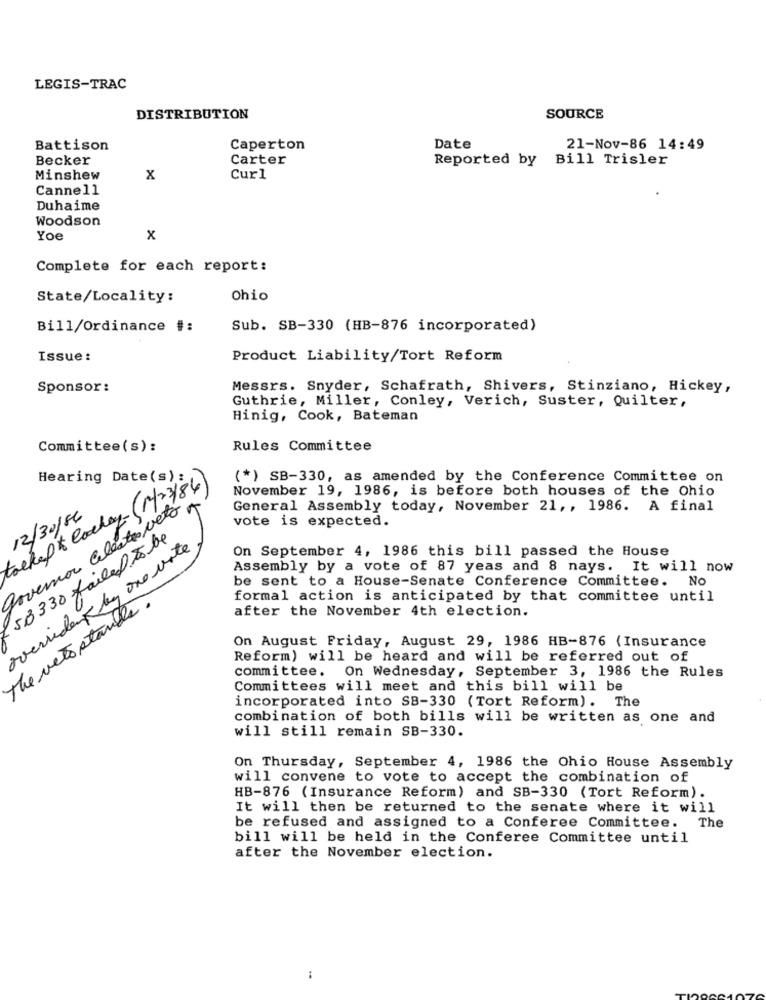
LEGIS-TRAC
DISTRIBUTION
SOURCE
Battison
Caperton
Date
21-Nov-86 14:49
Becker
Carter
Reported by
Bill Trisler
Minshew
X
Curl
Cannell
Duhaime
Woodson
Yoe
x
Complete for each report:
State/Locality:
Ohio
Bill/Ordinance #:
Sub. SB-330 (HB-876 incorporated)
Issue:
Product Liability/Tort Reform
Sponsor:
Messrs. Snyder, Schafrath, Shivers, Stinziano, Hickey,
Guthrie, Miller, Conley, Verich, Suster, Quilter,
Hinig, Cook, Bateman
Committee (s) :
Rules Committee
toekept lackey- (14) 2 3/84)
Hearing Date(s):
(*) SB-330, as amended by the Conference Committee on
November 19, 1986, is before both houses of the Ohio
Povemar Celestes Neto
General Assembly today, November 21 ,, 1986. A final
12/30/86
vote is expected.
58330 failed Tobe
overvidant by one vote
On September 4, 1986 this bill passed the House
Assembly by a vote of 87 yeas and 8 nays. It will now
be sent to a House-Senate Conference Committee. No
The veto stands.
formal action is anticipated by that committee until
after the November 4th election.
On August Friday, August 29, 1986 HB-876 (Insurance
Reform) will be heard and will be referred out of
committee. On Wednesday, September 3, 1986 the Rules
Committees will meet and this bill will be
incorporated into SB-330 (Tort Reform). The
combination of both bills will be written as one and
will still remain SB-330.
On Thursday, September 4, 1986 the Ohio House Assembly
will convene to vote to accept the combination of
HB-876 (Insurance Reform) and SB-330 (Tort Reform).
It will then be returned to the senate where it will
be refused and assigned to a Conferee Committee. The
bill will be held in the Conferee Committee until
after the November election.